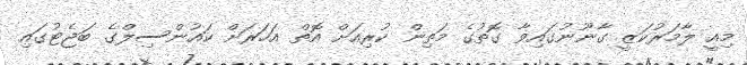
މިއީ ލާމަރުކަޒީ ގާނޫނުގައިވާ ގޮތުގެ މަތިން ކުރިއަށް އޮތް އަހަރަށް ކައުންސިލްގެ ބަޖެޓުގައި